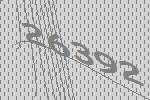
26392